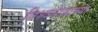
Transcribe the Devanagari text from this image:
विश्र्वनाथाच्या